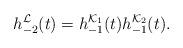
LaTeX: \begin{align*}h_{-2}^{\mathcal{L}}(t)=h_{-1}^{\mathcal{K}_{1}}(t)h_{-1}^{\mathcal{K}_{2}}(t).\end{align*}